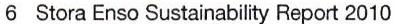
6  Stora Enso Sustainability Report 2010